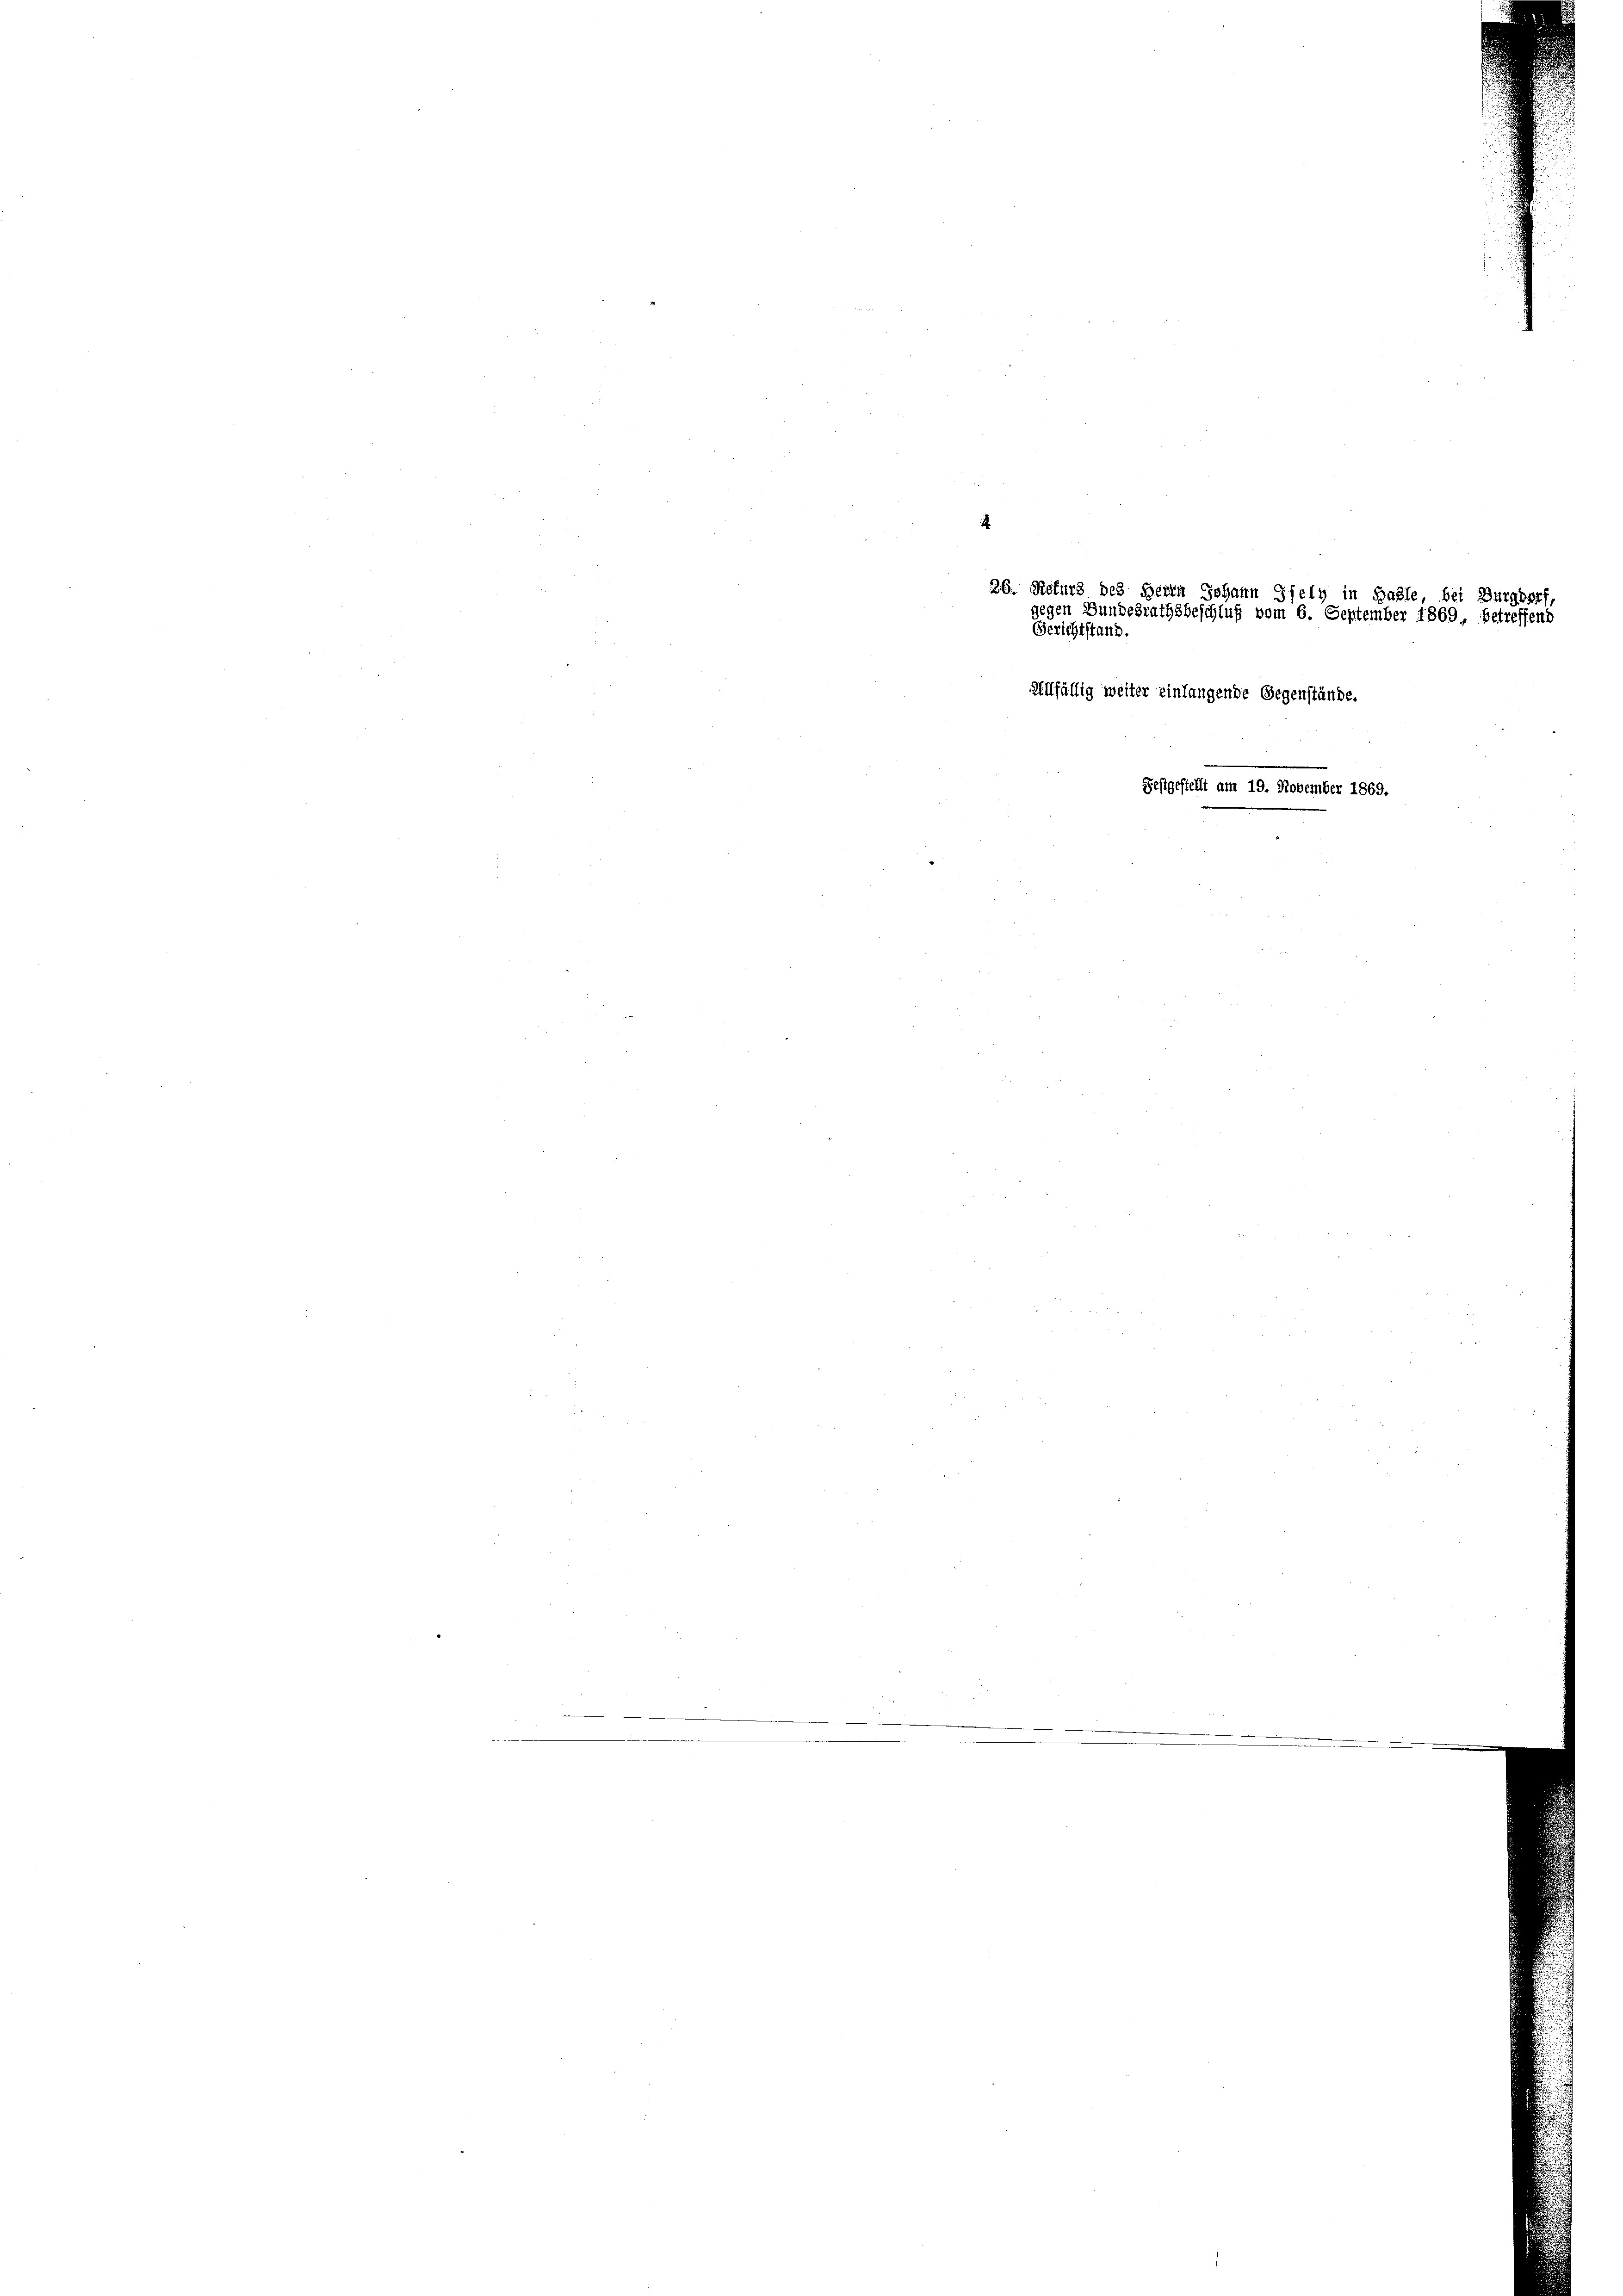
Allfällig weiter einlangende Gegenstände.
Festgestellt am 19. November 1869.

26. Noturs des Herrn Johann Gfely in Halle, bei Burgdorf,
gegen Bundesrathsbeschluß vom 6. September 1869 betreffend
Gerichtstand.